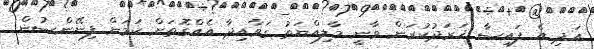
އަދި އެ ފައިސާ ޚަރަދުކުރަން ވާނީ މާލިއްޔަތު ގަވާއިދާ އެއްގޮތަށް ކަމަށް ފިނޭންސުން